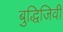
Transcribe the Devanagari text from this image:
बुद्धिजिवी